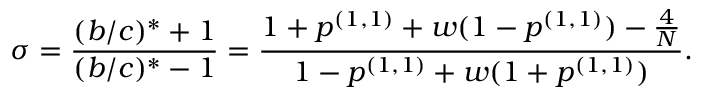
\sigma = \frac { ( b / c ) ^ { * } + 1 } { ( b / c ) ^ { * } - 1 } = \frac { 1 + p ^ { ( 1 , 1 ) } + w ( 1 - p ^ { ( 1 , 1 ) } ) - \frac { 4 } { N } } { 1 - p ^ { ( 1 , 1 ) } + w ( 1 + p ^ { ( 1 , 1 ) } ) } .